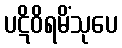
ပဋိဝိရမိံသုပေ